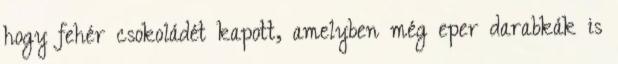
hogy fehér csokoládét kapott, amelyben még eper darabkák is